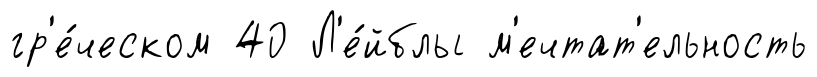
гр'е́ческом 40 Л'е́йблы м'ечтат'ельность